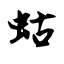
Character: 蛄